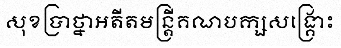
សុខប្រាថ្នាអតីតមន្ត្រីគណបក្សសង្គ្រោះ